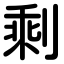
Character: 剩